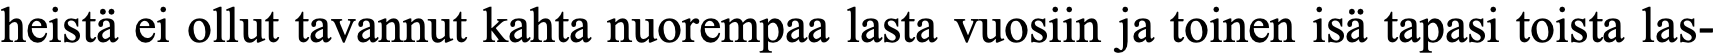
heistä ei ollut tavannut kahta nuorempaa lasta vuosiin ja toinen isä tapasi toista las-